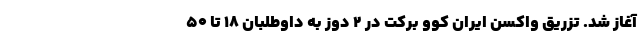
آغاز شد. تزریق واکسن ایران کوو برکت در ۲ دوز به داوطلبان ۱۸ تا ۵۰